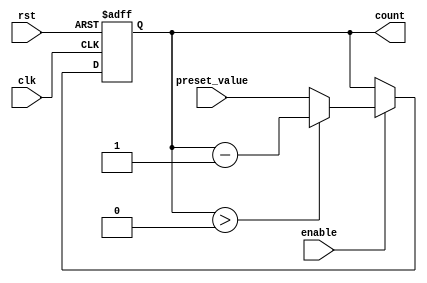
module binary_down_counter_with_enable (
  input wire clk,
  input wire rst,
  input wire enable,
  input wire [3:0] preset_value,
  output reg [3:0] count
);

always @ (posedge clk or posedge rst) begin
  if (rst) begin
    count <= 4'b0000;
  end else if (enable) begin
    if (count > 4'b0000) begin
      count <= count - 1;
    end else begin
      count <= preset_value;
    end
  end
end

endmodule